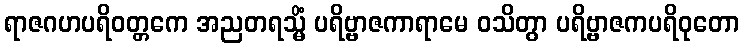
ရာဇဂဟပရိဝတ္တကေ အညတရသ္မိံ ပရိဗ္ဗာဇကာရာမေ ဝသိတွာ ပရိဗ္ဗာဇကပရိဝုတော